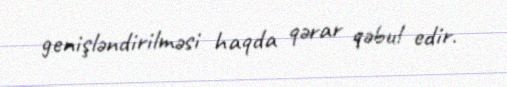
genişləndirilməsi haqda qərar qəbul edir.